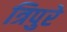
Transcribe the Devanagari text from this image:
त्रिपुरे